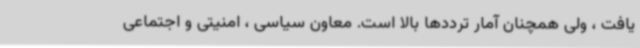
یافت ، ولی همچنان آمار ترددها بالا است. معاون سیاسی ، امنیتی و اجتماعی